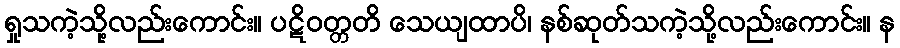
ရှုသကဲ့သို့လည်းကောင်း။ ပဋိဝတ္တတိ သေယျထာပိ၊ နစ်ဆုတ်သကဲ့သို့လည်းကောင်း။ န